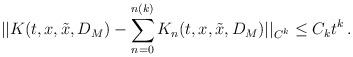
LaTeX: \begin{align*}||K(t,x,\tilde x,D_M)-\sum_{n=0}^{n(k)}K_n(t,x,\tilde x,D_M)||_{C^k}\le C_kt^k\,.\end{align*}